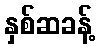
နှစ်ဆခန့်